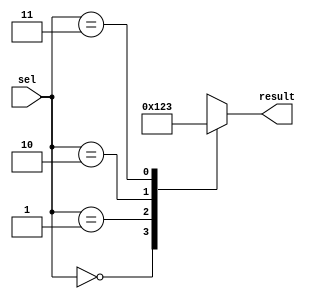
module simple_case_statement (
    input [1:0] sel,
    output reg [3:0] result
);

always @(sel) begin
    case(sel)
        2'b00: result = 4'b0000;
        2'b01: result = 4'b0001;
        2'b10: result = 4'b0010;
        2'b11: result = 4'b0011;
    endcase
end

endmodule